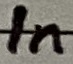
Text: In